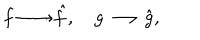
f \longrightarrow \hat { f } , \quad g \longrightarrow \hat { g } ,